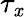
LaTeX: \tau_{\mathit{x}}